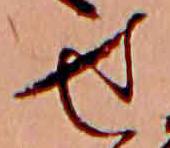
せ